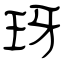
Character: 玡